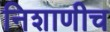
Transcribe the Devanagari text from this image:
निशाणीच